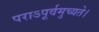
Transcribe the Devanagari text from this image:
पराऽपूर्वमुच्यते।